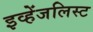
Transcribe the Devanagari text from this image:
इव्हेंजलिस्ट